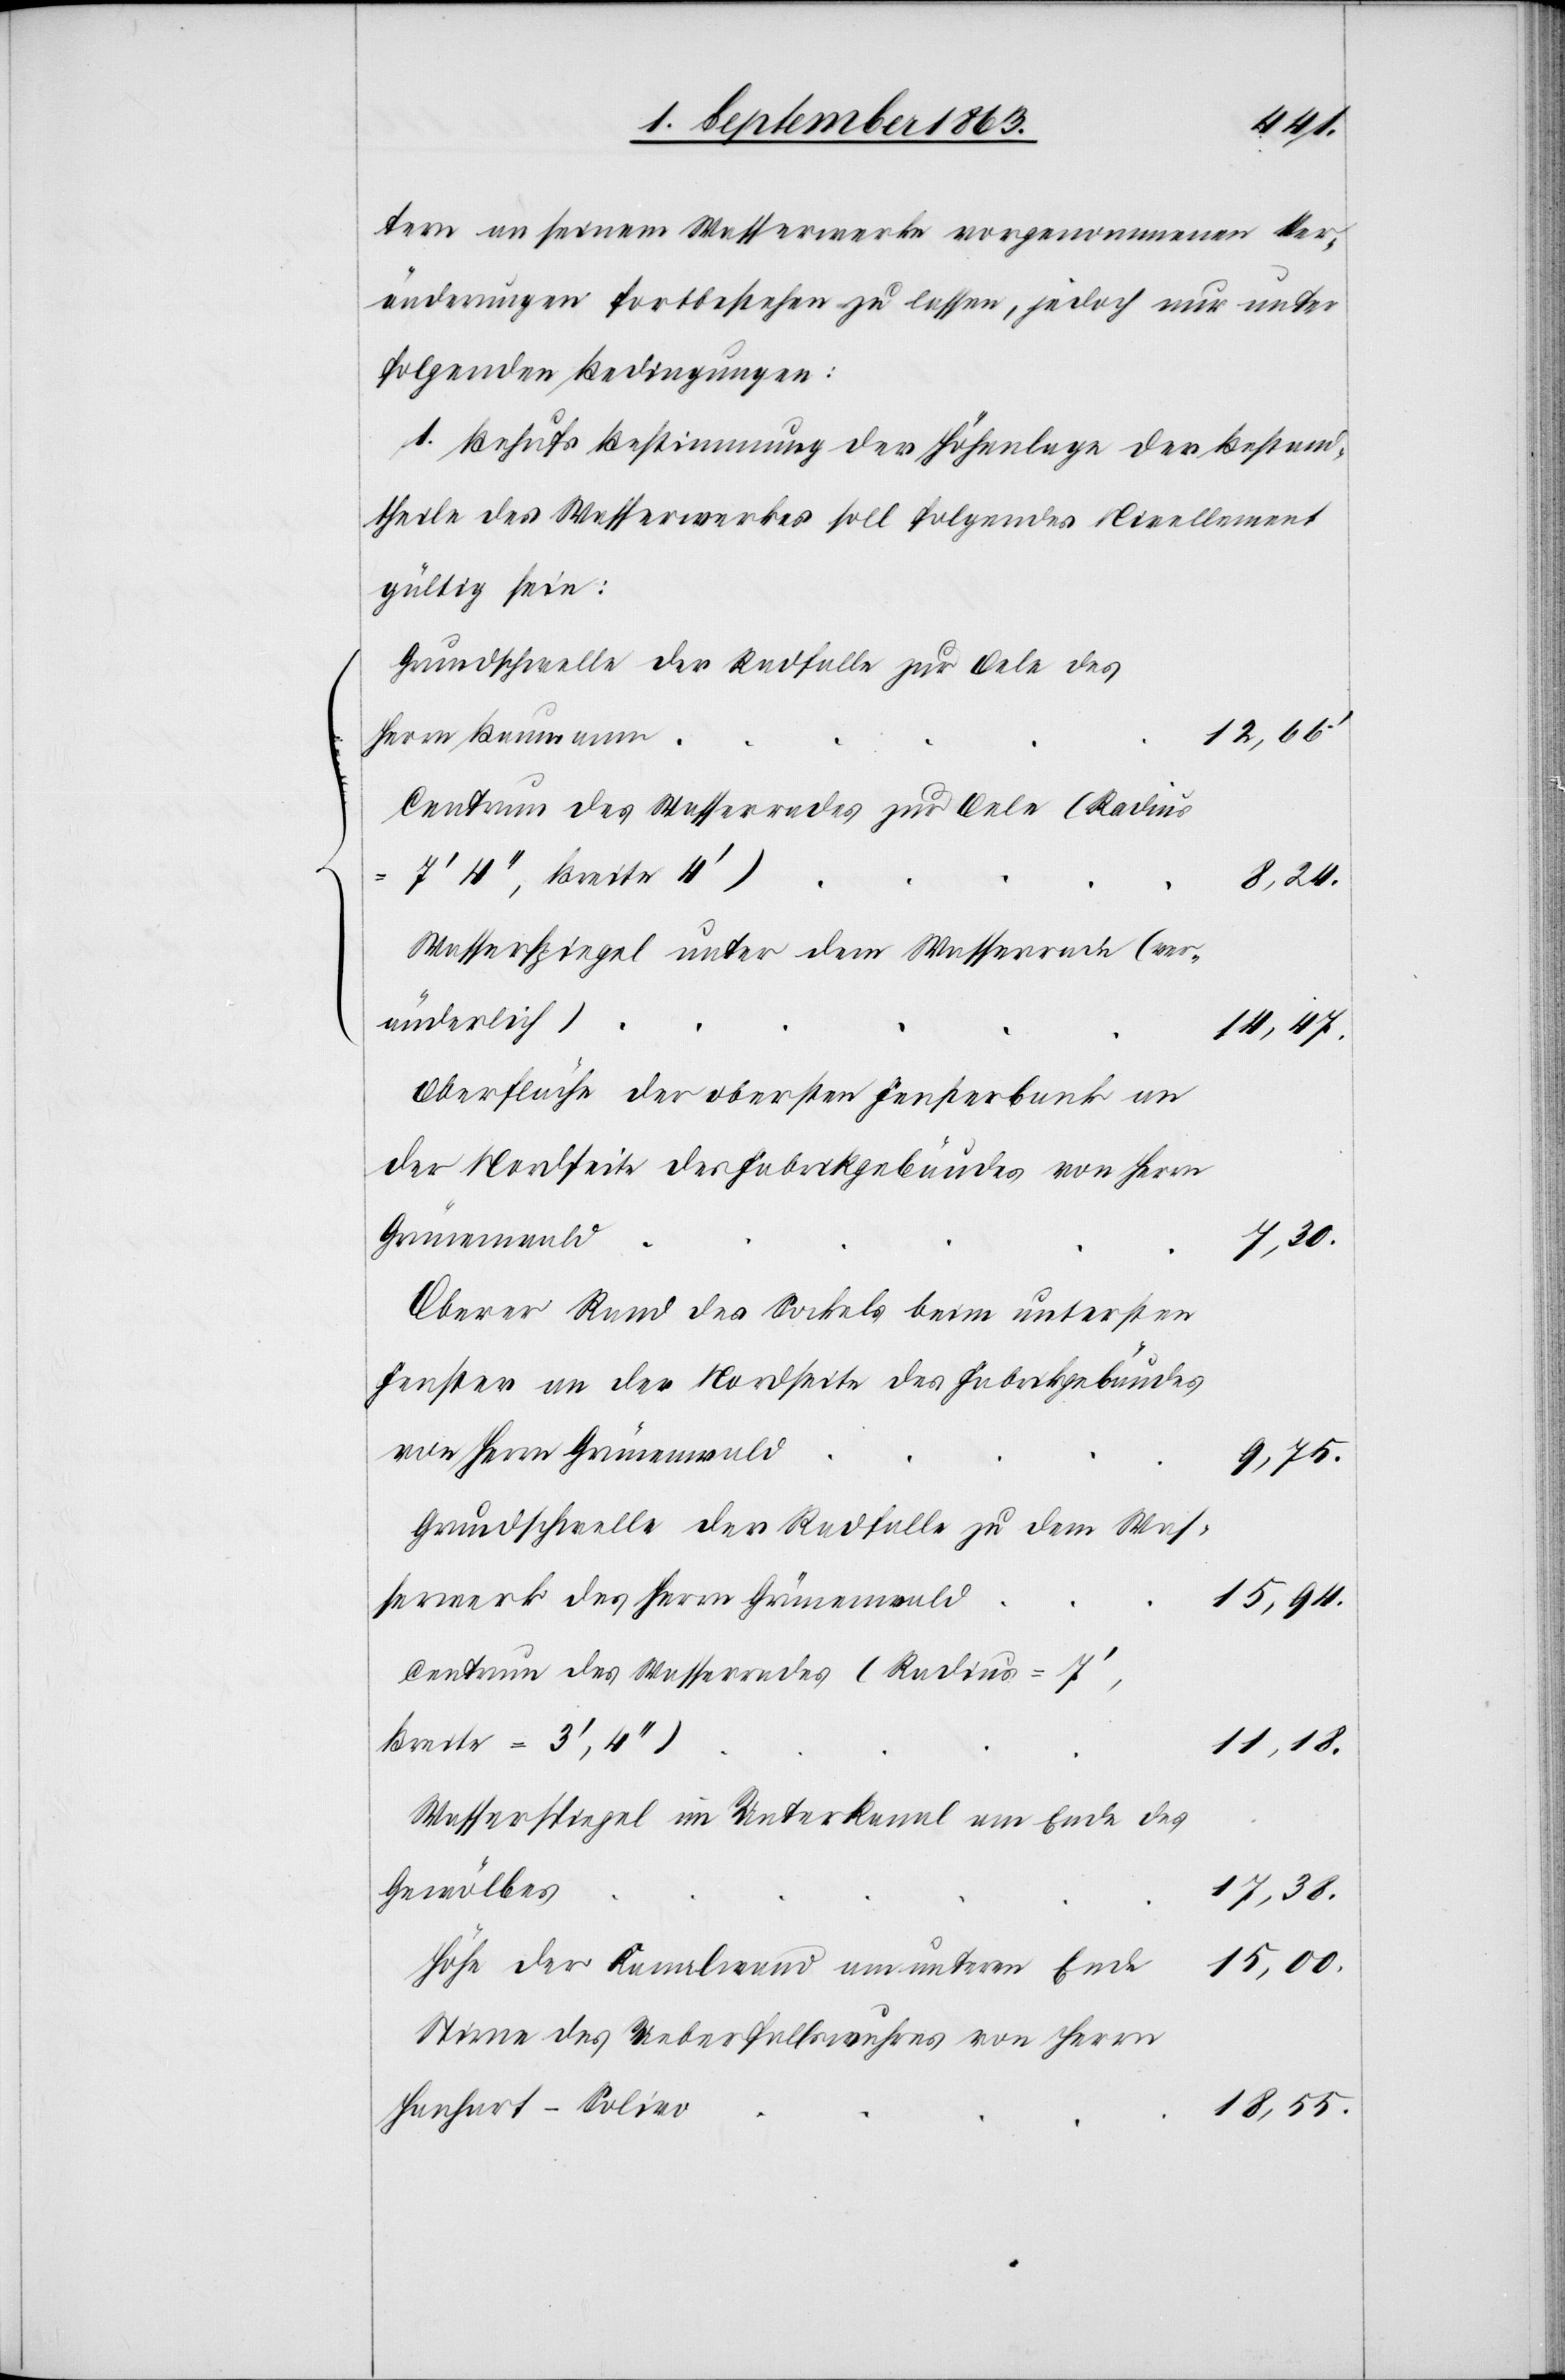
tern an seinem Wasserwerke vorgenommenen Ver¬
änderungen fortbestehen zu lassen, jedoch nur unter
folgenden Bedingungen:
1. Behufs Bestimmung der Höhenlage der Bestand¬
theile des Wasserwerkes soll folgendes Nivellement
gültig sein:
Grundschwelle der Radfalle zur Oele des
12,66'.
Herrn Baumann
Centrum des Wasserrades zur Oele (Radius
7', Breite =
8,24.
Wasserspiegel unter dem Wasserrade (ver¬
änderlich)
14,47.
Oberfläche der obersten Fensterbank an
der Nordseite des Fabrikgebäudes von Herrn
Grünenwald
7,30.
Oberer Rand des Sockels beim untersten
Fenster an der Nordseite des Fabrikgebäudes
von Herrn Grünenwald
9,75.
Grundschwelle der Radfalle zu dem Was¬
serwerk des Herrn Grünenwald
15,94.
Centrum des Wasserrades (Radius =
11,18.
Wasserspiegel im Unterkanal am Ende des
Gewölbes
17,38.
15,00.
Höhe der Kanalwand am unteren Ende
Stirne des Ueberfallswuhres von Herrn
Hanhart-Solivo
18,55.